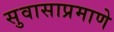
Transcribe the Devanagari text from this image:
सुवासाप्रमाणे